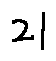
2 1